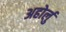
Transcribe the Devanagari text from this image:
अहोर्लु